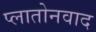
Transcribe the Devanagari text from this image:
प्लातोनवाद